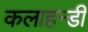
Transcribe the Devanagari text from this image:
कलाहन्डी